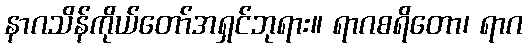
နာဂသိန်ကိုယ်တော်အရှင်ဘုရား။ ရာဂစရိတော၊ ရာဂ